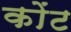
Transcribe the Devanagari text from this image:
कोंट